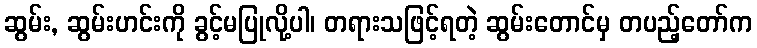
ဆွမ်း, ဆွမ်းဟင်းကို ခွင့်မပြုလို့ပါ၊ တရားသဖြင့်ရတဲ့ ဆွမ်းတောင်မှ တပည့်တော်က